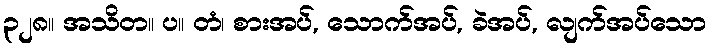
၃၂၈။ အသိတ။ ပ။ တံ၊ စားအပ်, သောက်အပ်, ခဲအပ်, လျက်အပ်သော